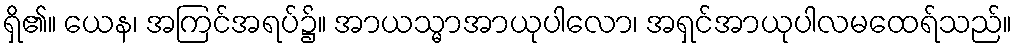
ရှိ၏။ ယေန၊ အကြင်အရပ်၌။ အာယသ္မာအာယုပါလော၊ အရှင်အာယုပါလမထေရ်သည်။